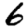
Digit: 6